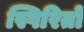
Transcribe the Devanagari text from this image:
स्पिरितो